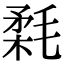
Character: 𣮪